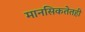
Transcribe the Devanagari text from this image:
मानसिकतेतही